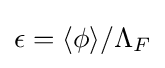
\epsilon =\langle \phi \rangle /\Lambda _{F}